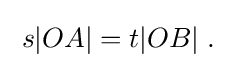
\;s|OA|=t|OB|\;.\